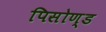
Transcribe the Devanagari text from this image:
पिसोण्ड